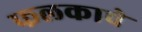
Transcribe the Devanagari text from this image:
फलकाचे